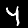
Digit: 4